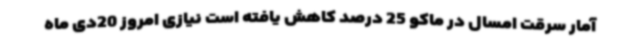
آمار سرقت امسال در ماکو 25 درصد کاهش یافته است نیازی امروز 20دی ماه